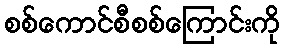
စစ်ကောင်စီစစ်ကြောင်းကို